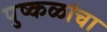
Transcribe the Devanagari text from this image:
पुष्कळांचा